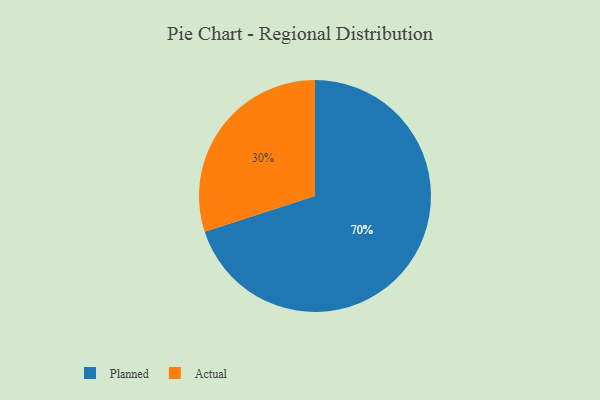
{"axis": {"x": "Category", "y": "Percentage"}, "legend": ["Actual", "Planned"], "data": [{"x": "Actual", "y": 30, "type": "Actual"}, {"x": "Planned", "y": 70, "type": "Planned"}]}